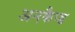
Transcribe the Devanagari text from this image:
अनकैप्ड